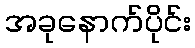
အခုနောက်ပိုင်း